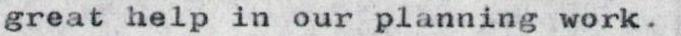
great help in our planning work.